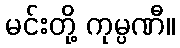
မင်းတို့ ကုမ္ပဏီ။